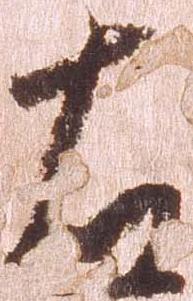
右